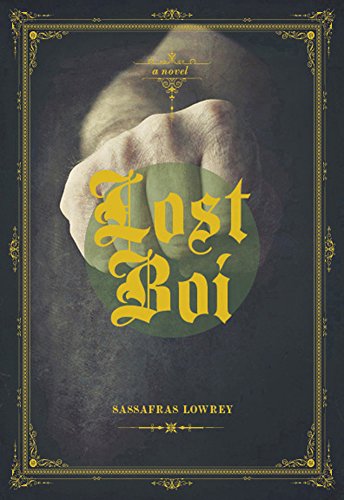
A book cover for Lost Boi; Sassafras Lowrey; Literature & Fiction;